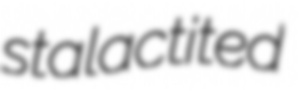
stalactited